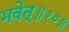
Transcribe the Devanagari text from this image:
भवेत्‌॥१०॥